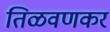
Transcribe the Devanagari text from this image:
तिळवणकर